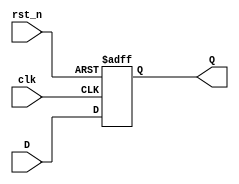

module d_flipflop(
    output reg Q,
    input D,
    input clk,
    input rst_n
    );
    
    
    always @(posedge clk or negedge rst_n)
      if (!rst_n)
        Q <= 32'd0;
      else
        Q <= D;    
        
endmodule